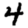
Digit: 4